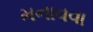
મનાવવા